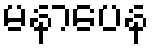
မနာပေန